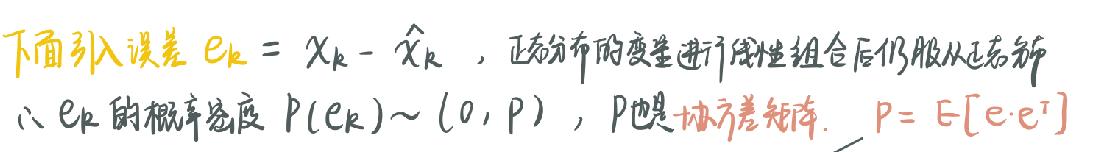
下面引入误差 $e_k = x_k - \hat{x}_k$，正态分布的变量进行线性组合后仍服从正态分布
$e_k$ 的概率密度 $p(e_k)\sim(0,P)$，$P$ 是协方差矩阵. $P = E[e\cdot e^T]$